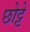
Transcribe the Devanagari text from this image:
छोट्टे